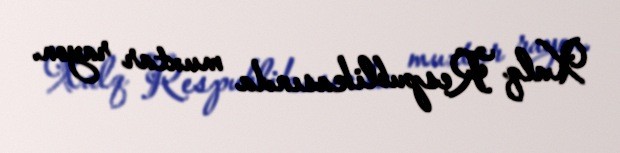
Xalq Respublikasında muxtar rayon.